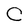
Character: C